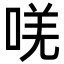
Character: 唴